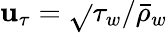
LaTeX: \mathbf{u}_{\tau}=\sqrt{}{{\tau_{w}/\bar{{\rho}}_{w}}}